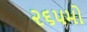
૨૬૫મો